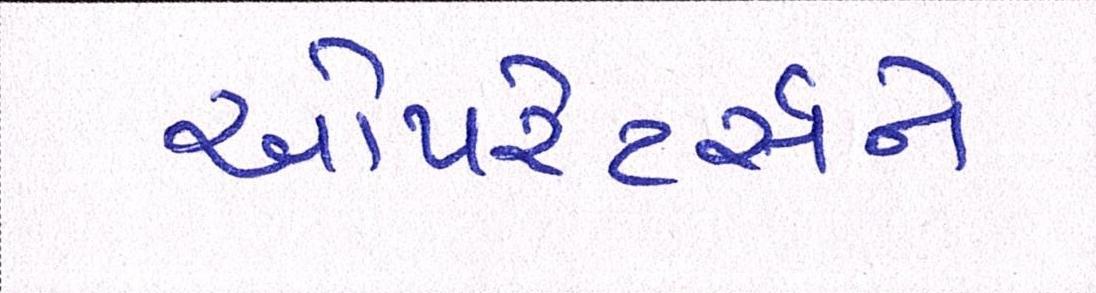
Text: ઓપરેટર્સને